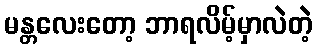
မန္တလေးတော့ ဘာရလိမ့်မှာလဲတဲ့